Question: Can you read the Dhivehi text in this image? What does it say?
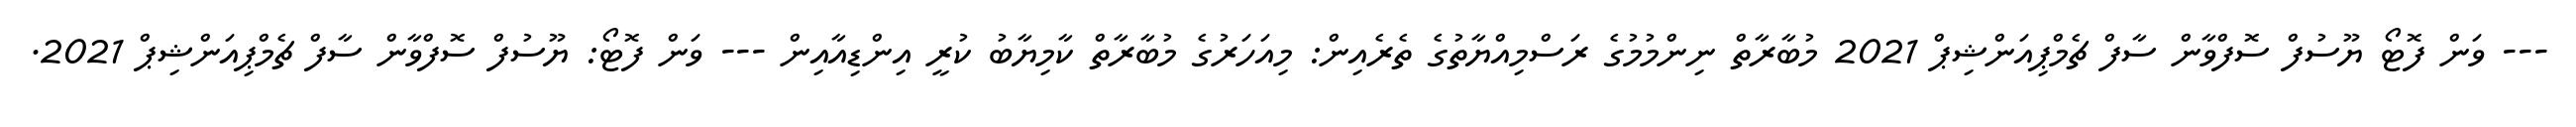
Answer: --- ވަން ފޮޓޯ ޔޫސުފް ސޮފްވާން ސާފް ޗެމްޕިއަންޝިޕް 2021 މުބާރާތް ނިންމުމުގެ ރަސްމިއްޔާތުގެ ތެރެއިން: މިއަހަރުގެ މުބާރާތް ކާމިޔާބު ކުރީ އިންޑިއާއިން --- ވަން ފޮޓޯ: ޔޫސުފް ސޮފްވާން ސާފް ޗެމްޕިއަންޝިޕް 2021.